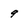
Character: 9